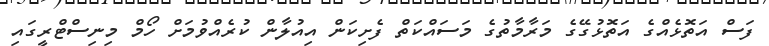
ފަސް އަތޮޅެއްގެ އަތޮޅުގޭގެ މަރާމާތުގެ މަސައްކަތް ފެށިކަން އިއުލާން ކުރެއްވުމަށް ހޯމް މިނިސްޓްރީގައި